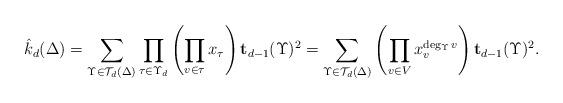
LaTeX: \begin{align*}\hat{k}_d(\Delta)=\sum_{\Upsilon\in\mathcal{T}_d(\Delta)}\prod_{\tau \in \Upsilon_d}\left(\prod_{v \in \tau} x_{\tau}\right){\mathbf{t}_{d-1}(\Upsilon)^2}=\sum_{\Upsilon\in\mathcal{T}_d(\Delta)}\left(\prod_{v \in V}x_{v}^{\deg_\Upsilon v}\right){\mathbf{t}_{d-1}(\Upsilon)^2}.\end{align*}